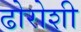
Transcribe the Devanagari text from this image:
ढोरोशी